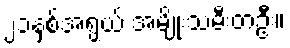
၂၁နှစ်အရွယ် အမျိုးသမီးတဦး။